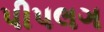
પીપલગ